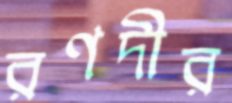
রণদীর